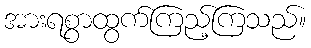
အားရစွာထွက်ကြည့်ကြသည်။